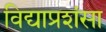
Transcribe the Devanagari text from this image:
विद्याप्रशंसा